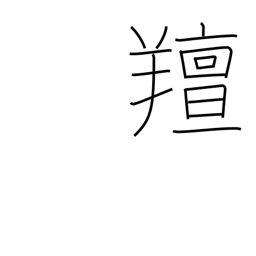
Meaning: smelling like a sheep